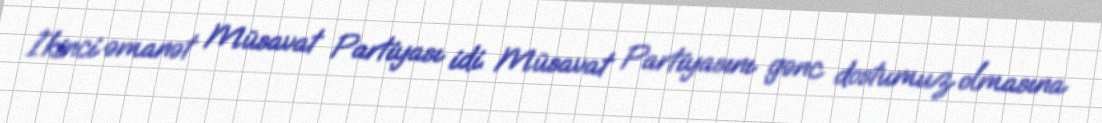
İkinci əmanət Müsavat Partiyası idi. Müsavat Partiyasını gənc dostumuz olmasına